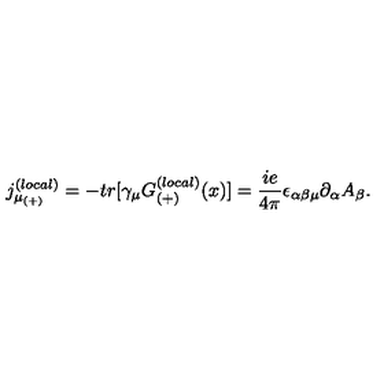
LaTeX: { j _ { \mu _ { ( + ) } } ^ { ( l o c a l ) } } = - t r [ \gamma _ { \mu } G _ { ( + ) } ^ { ( l o c a l ) } ( x ) ] = \frac { i e } { 4 \pi } \epsilon _ { \alpha \beta \mu } \partial _ { \alpha } A _ { \beta } .